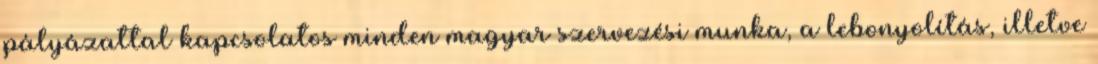
pályázattal kapcsolatos minden magyar szervezési munka, a lebonyolítás, illetve